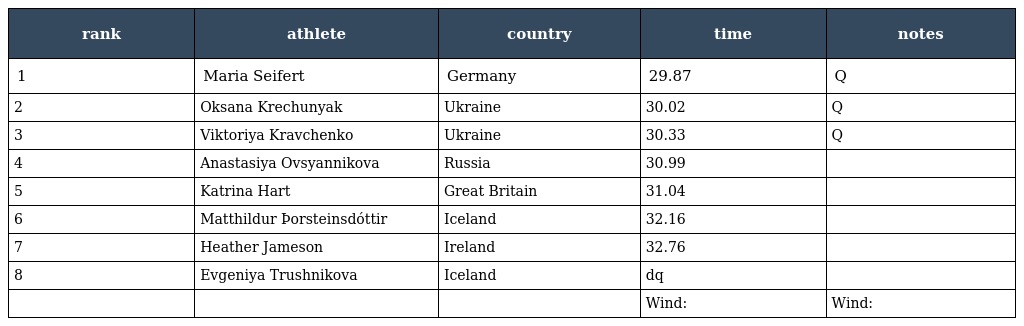
| rank | athlete | country | time | notes |
 | --- | --- | --- | --- | --- |
 | 1 | Maria Seifert | Germany | 29.87 | Q |
 | 2 | Oksana Krechunyak | Ukraine | 30.02 | Q |
 | 3 | Viktoriya Kravchenko | Ukraine | 30.33 | Q |
 | 4 | Anastasiya Ovsyannikova | Russia | 30.99 |  |
 | 5 | Katrina Hart | Great Britain | 31.04 |  |
 | 6 | Matthildur Þorsteinsdóttir | Iceland | 32.16 |  |
 | 7 | Heather Jameson | Ireland | 32.76 |  |
 | 8 | Evgeniya Trushnikova | Iceland | dq |  |
 |  |  |  | Wind: | Wind: |